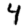
Digit: 4